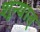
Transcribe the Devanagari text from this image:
शून्यात्